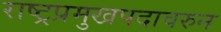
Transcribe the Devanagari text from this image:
राष्ट्रप्रमुखपदावरुन